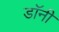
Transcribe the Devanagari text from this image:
डाॅनी